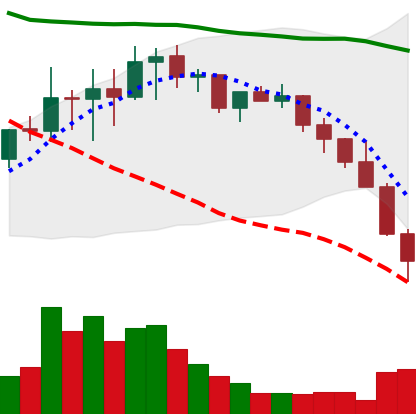
Ticker: LINK-USD
Chart end date: 2022-01-22
Forward return: -4.088%
Label: down_3_5